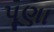
પૂણા